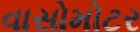
વાસોમોટર